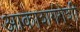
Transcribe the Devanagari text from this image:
आकाशगंगेशी